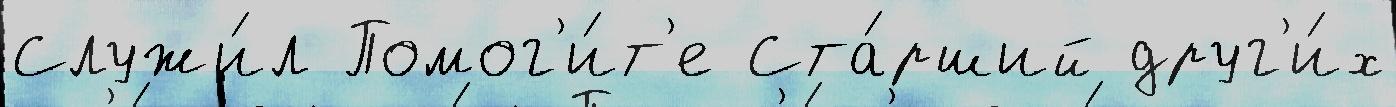
Служи́л Помог'и́т'е Ста́рший друг'и́х